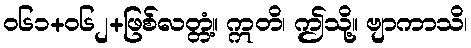
၀၆၁+၀၆၂+ဖြစ်လတ္တံ့။ ဣတိ၊ ဤသို့။ ဗျာကာသိ၊